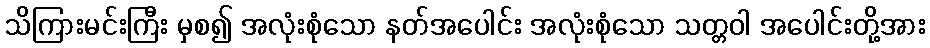
သိကြားမင်းကြီး မှစ၍ အလုံးစုံသော နတ်အပေါင်း အလုံးစုံသော သတ္တဝါ အပေါင်းတို့အား